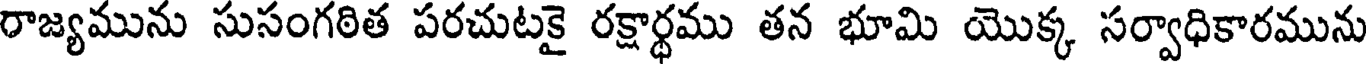
రాజ్యమును సుసంగఠిత పరచుటకై రక్షార్థము తన భూమి యొక్క సర్వాధికారమును